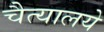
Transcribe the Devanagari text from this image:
चैत्यालये